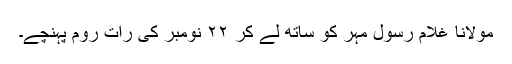
مولانا غلام رسول مہر کو ساتھ لے کر ٢٢ نومبر کی رات روم پہنچے۔